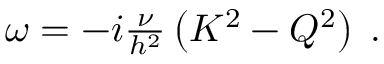
\begin{array} { r } { \omega = - i \frac { \nu } { h ^ { 2 } } \left( K ^ { 2 } - Q ^ { 2 } \right) \; . } \end{array}